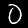
Label: 0